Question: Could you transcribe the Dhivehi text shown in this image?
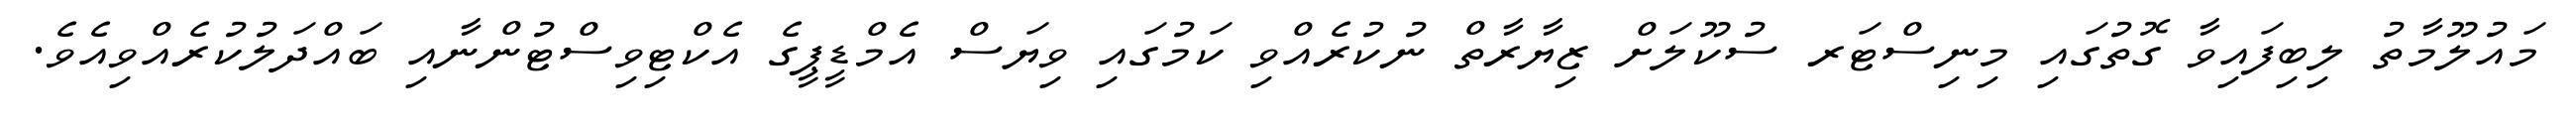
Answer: މައުލޫމާތު ލިބިފައިވާ ގޮތުގައި މިނިސްޓަރ ސުކޫލަށް ޒިޔާރާތް ނުކުރެއްވި ކަމުގައި ވިޔަސް އެމްޑީޕީގެ އެކްޓިވިސްޓުންނާއި ބައްދަލުކުރެއްވިއެވެ.